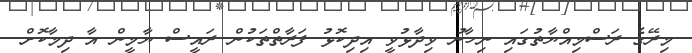
މިރޭގެ ރަސްމިއްޔާތުގައި ނިހާނު ވިދާޅުވީ އިދިކޮޅު ފަރާތްތަކުން ރައީސް ޔާމީން އާ ދިމާކޮށް